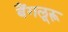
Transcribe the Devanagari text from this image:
बैंगलूरू